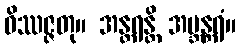
ဝိဿဇ္ဇတု။ အန္တရန္တိ အဗ္ဘန္တရံ။